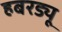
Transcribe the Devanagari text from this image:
हबरड्यू